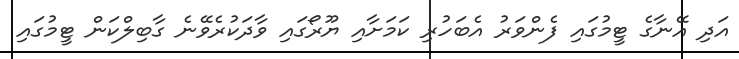
އަދި އޭނާގެ ޓީމުގައި ފެންވަރު އެބަހުރި ކަމަށާއި ޔޫރޯގައި ވާދަކުރެވޭނެ ގާބިލްކަން ޓީމުގައި